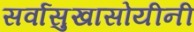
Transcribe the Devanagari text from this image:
सर्वासुखासोयीनी